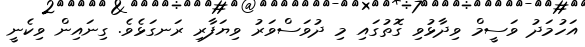
އަހުމަދު ވަސީމް ވިދާޅުވި ގޮތުގައި މި ދުވަސްވަރު ވިޔަފާރި ރަނގަޅެވެ. ގިނައިން ވިކެނީ